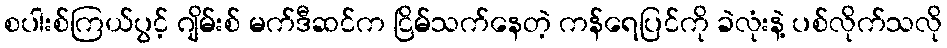
စပါးစ်ကြယ်ပွင့် ဂျိမ်းစ် မက်ဒီဆင်က ငြိမ်သက်နေတဲ့ ကန်ရေပြင်ကို ခဲလုံးနဲ့ ပစ်လိုက်သလို